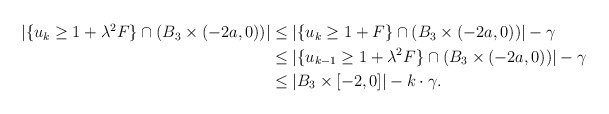
\begin{align*} \begin{aligned} |\{u_{k}\geq 1 + \lambda^2 F \}\cap (B_3 \times (-2a,0))|&\leq |\{u_{k}\geq 1 + F\}\cap (B_3 \times (-2a,0))|-\gamma\\ & \leq|\{u_{k-1}\geq 1+\lambda^2F\}\cap (B_3 \times (-2a,0))|-\gamma\\ &\leq |B_3\times[-2,0]| - k \cdot \gamma.\\ \end{aligned} \end{align*}